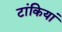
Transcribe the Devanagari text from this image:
टांकियां